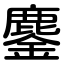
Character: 鏖